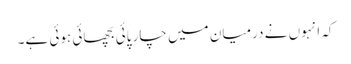
کہ انہوں نے درمیان میں چار پائی بچھائی ہوئی ہے۔